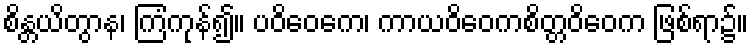
စိန္တယိတွာန၊ ကြံကုန်၍။ ပဝိဝေကေ၊ ကာယဝိဝေကစိတ္တဝိဝေက ဖြစ်ရာ၌။